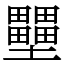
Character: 壨